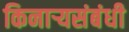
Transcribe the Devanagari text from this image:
किनार्‍यसंबंधी